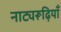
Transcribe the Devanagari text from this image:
नाट्यरूढ़ियाँ